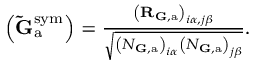
\begin{array} { r } { \left( \mathbf { \tilde { G } } _ { \mathrm { a } } ^ { \mathrm { s y m } } \right) = \frac { \left( \mathbf { R } _ { { \mathbf G } , \mathrm { a } } \right) _ { i \alpha , j \beta } } { \sqrt { \left( N _ { { \mathbf G } , \mathrm { a } } \right) _ { i \alpha } \left( N _ { { \mathbf G } , \mathrm { a } } \right) _ { j \beta } } } . } \end{array}